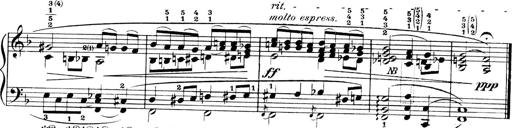
Title: 4 Sonatines
Composer: Max Reger